Vaccination in Bombay 1874-1876 - 1874-1876
Year: 1874
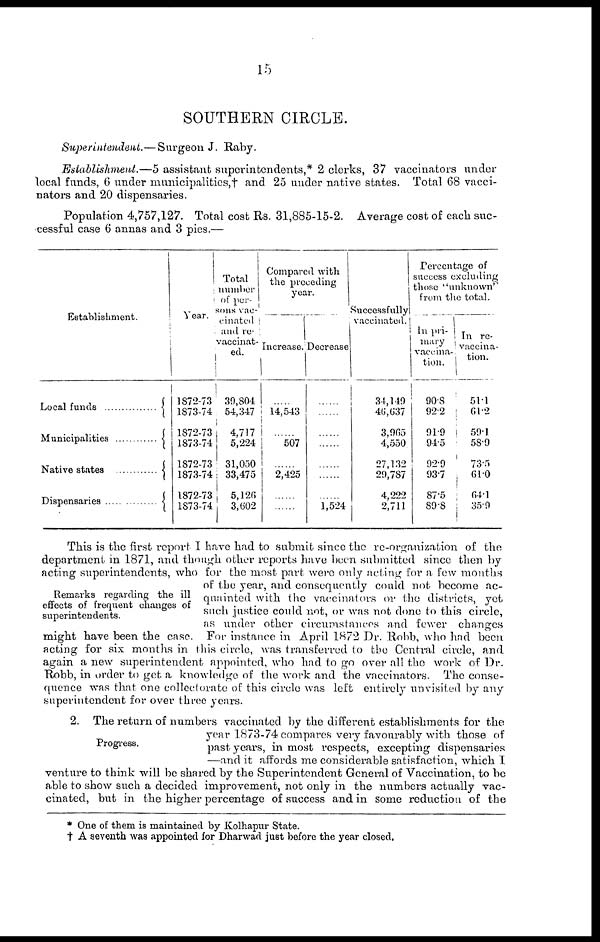
15
SOUTHERN CIRCLE.
Superintendent.—Surgeon
J. Raby.
Establishment.—5 assistant superintendents,* 2 clerks, 37 vaccinators under
local funds, 6 under municipalities,† and 25 under native states. Total 68 vacci-
nators and 20 dispensaries.
Population 4,757,127. Total cost Rs. 31,885-15-2. Average cost of each suc-
cessful case 6 annas and 3 pies.—
Establishment.
Local funds
Municipalities
Native states
Dispensaries
Year.
1872-73
1873-74
1872-73
1873-74
1872-73
1873-74
1872-73
1873-74
Total
number
of per¬
sons vac-
cinated
and re-
vaccinat¬
ed.
39,804
54,347
4,717
5,224
31,050
33,475
5,126
3,602
Compared with
the preceding
year.
Increase.
.....
14,543
.....
507
.....
2,425
.....
.....
Decrease
......
......
......
......
......
......
......
1,524
Successfully
vaccinated.
34,149
46,637
3,965
4,550
27,132
29,787
4,222
2,711
Percentage of
success excluding
those "unknown"
from the total.
In pri-
mary
vaccina-
tion.
90.8
92.2
91.9
94.5
92.9
93.7
87.5
89.8
In re-
vaccina-
tion.
51.1
61.2
59.1
58.9
73.5
61.0
64.1
35.9
Remarks regarding the ill
effects of frequent changes of
superintendents.
This is the first report I have had to submit since the re-organization of the
department in 1871, and though other reports have been submitted since then by
acting superintendents, who for the most part were only acting for a few months
of the year, and consequently could not become ac-
quainted with the vaccinators or the districts, yet
such justice could not, or was not done to this circle,
as under other circumstances and fewer changes
might have been the case. For instance in April 1872 Dr. Robb, who had been
acting for six months in this circle, was transferred to the Central circle, and
again a new superintendent appointed, who had to go over all the work of Dr.
Robb, in order to get a knowledge of the work and the vaccinators. The conse-
quence was that one collectorate of this circle was left entirely unvisited by any
superintendent for over three years.
Progress.
2. The return of numbers vaccinated by the different establishments for the
year 1873-74 compares very favourably with those of
past years, in most respects, excepting dispensaries
—and it affords me considerable satisfaction, which I
venture to think will be shared by the Superintendent General of Vaccination, to be
able to show such a decided improvement, not only in the numbers actually vac-
cinated, but in the higher percentage of success and in some reduction of the
* One of them is maintained by Kolhapur State.
† A seventh was appointed for Dharwad just before the year closed.